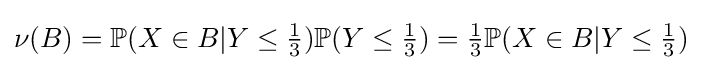
\nu (B)=\mathbb {P} (X\in B|Y\leq {\tfrac {1}{3}})\mathbb {P} (Y\leq {\tfrac {1}{3}})={\tfrac {1}{3}}\mathbb {P} (X\in B|Y\leq {\tfrac {1}{3}})